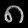
Digit: ၈